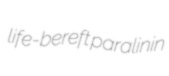
life-bereft paralinin